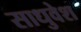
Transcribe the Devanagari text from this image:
साधुवेश